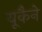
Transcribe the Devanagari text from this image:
यूकैने